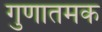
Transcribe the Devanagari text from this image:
गुणातमक